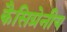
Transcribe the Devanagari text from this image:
कैसिग्रेनीय